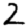
Digit: 2